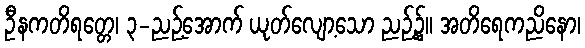
ဦနကတိရတ္တေ၊ ၃-ညဉ့်အောက် ယုတ်လျော့သော ညဉ့်၌။ အတိရေကညိနော၊